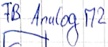
Text: FB Analog M2